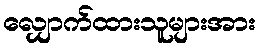
လျှောက်ထားသူများအား